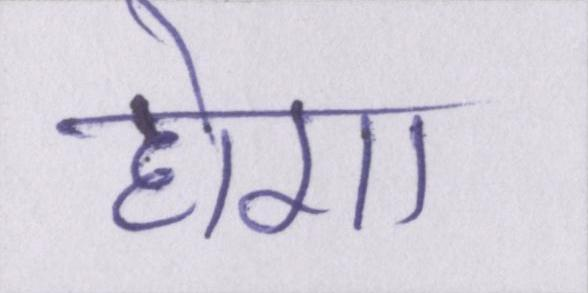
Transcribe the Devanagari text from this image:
होगा